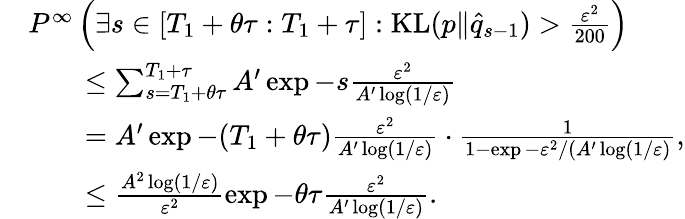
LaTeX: \begin{array}{rl}&{P^{\infty}\left(\exists s\in[T_{1}+\theta\tau:T_{1}+\tau]:\mathrm{KL}(p\| \hat{q}_{s-1})>\frac{\varepsilon^{2}}{200}\right)}\\ &{\qquad\le\sum_{s=T_{1}+\theta\tau}^{T_{1}+\tau}A^{\prime}\exp{-s\frac{\varepsilon^{2}}{A^{\prime}\log(1/\varepsilon)}}}\\ &{\qquad=A^{\prime}\exp{-(T_{1}+\theta\tau)\frac{\varepsilon^{2}}{A^{\prime}\log(1/\varepsilon)}}\cdot\frac{1}{1-\exp{-\varepsilon^{2}/(A^{\prime}\log(1/\varepsilon)}},}\\ &{\qquad\le\frac{A^{2}\log(1/\varepsilon)}{\varepsilon^{2}}\exp{-\theta\tau\frac{\varepsilon^{2}}{A^{\prime}\log(1/\varepsilon)}}.}\end{array}